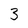
Character: 3